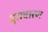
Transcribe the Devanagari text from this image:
दुराचारण